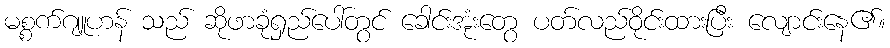
မစ္စက်ဂျူဟန် သည် ဆိုဖာခုံရှည်ပေါ်တွင် ခေါင်းအုံးတွေ ပတ်လည်ဝိုင်းထားပြီး လျောင်းနေ၏။